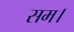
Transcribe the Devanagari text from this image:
सम।